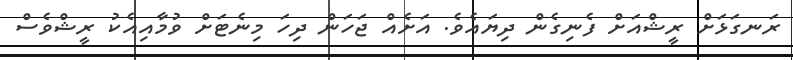
ރަނގަޅަށް ރީޝްއަށް ފެނިގެން ދިޔައެވެ. އަށެއް ޖަހަން ދިހަ މިނެޓަށް ވުމާއިއެކު ރީޝްވެސް